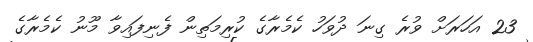
23 އަހަރަށް ވުރެ ގިނަ ދުވަހު ކެމެރާގެ ކުރިމަތިން ފެނިފައިވާ މޫނު ކެމެރާގެ